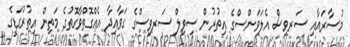
މުސާރައާއި ސަރވިސް އެލަވަންސްގެ އިތުރުން ސިވިލް ސަރވިސްގެ ގަވާއިދާ އެއްގޮތްވާގޮތުގެ މަތިން އިތުރުގަޑީގެ